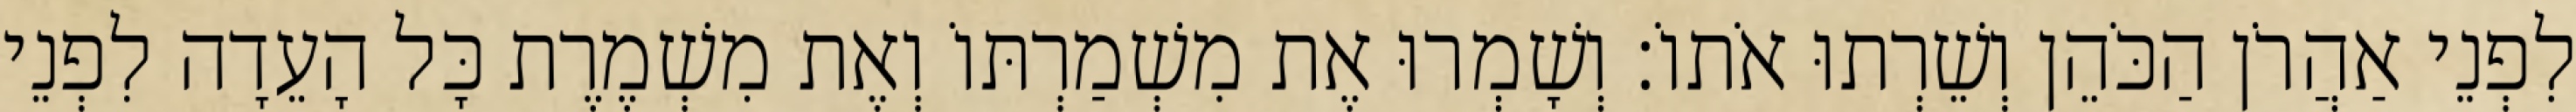
לִפְנֵי אַהֲרֹן הַכֹּהֵן וְשֵׁרְתוּ אֹתוֹ׃ וְשָׁמְרוּ אֶת מִשְׁמַרְתּוֹ וְאֶת מִשְׁמֶרֶת כָּל הָעֵדָה לִפְנֵי